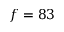
f = 8 3